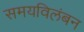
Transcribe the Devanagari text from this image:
समयविलंबन